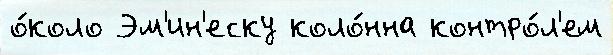
о́коло Эм'ин'еску коло́нна контро́л'ем